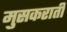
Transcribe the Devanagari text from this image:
मुसकराती